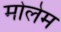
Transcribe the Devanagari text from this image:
मोलेम